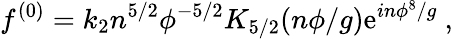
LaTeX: f^{(0)}=k_{2}n^{5/2}\phi^{-5/2}K_{5/2}(n\phi/g)\mathrm{e}^{in\phi^{8}/g}~,